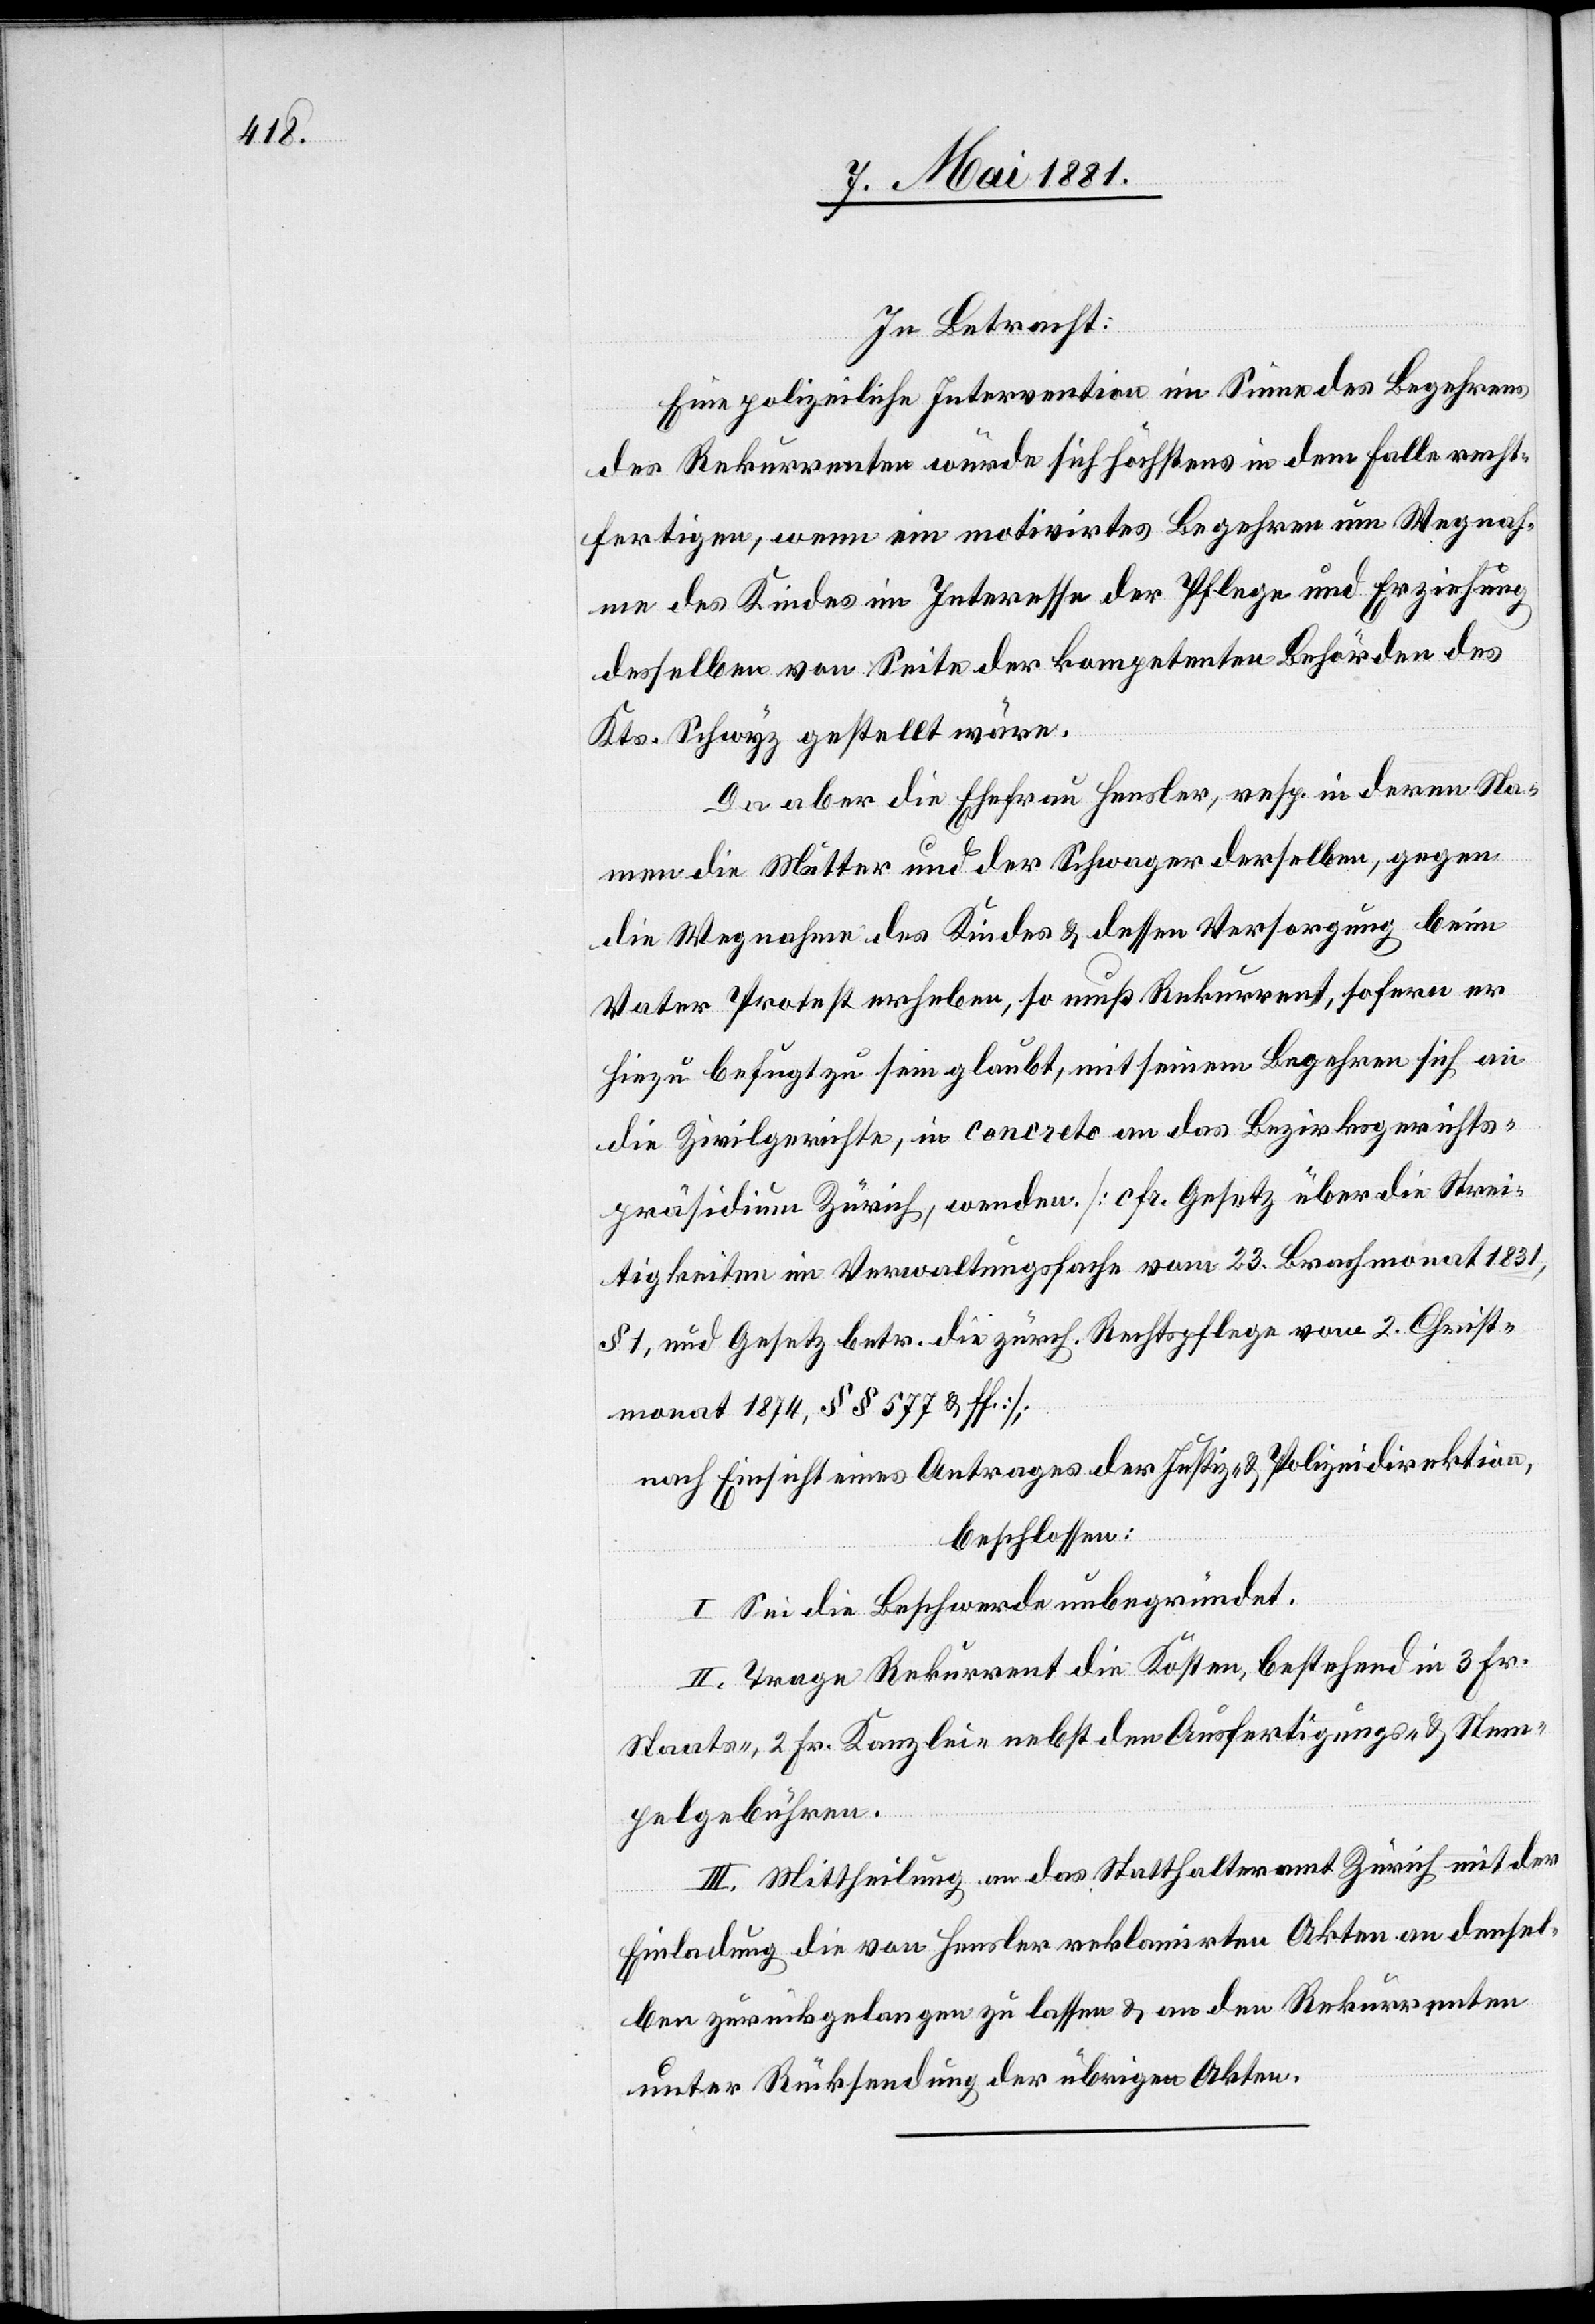
In Betracht:
Eine polizeiliche Intervention im Sinne des Begehrens
des Rekurrenten würde sich höchstens in dem Falle recht¬
fertigen, wenn ein motivirtes Begehren um Wegnah¬
me des Kindes im Interesse der Pflege und Erziehung
desselben von Seite der kompetenten Behörden des
Kts. Schwyz gestellt wäre.
Da aber die Ehefrau Heusler, resp. in deren Na¬
men die Mutter und der Schwager derselben, gegen
die Wegnahme des Kindes & dessen Versorgung beim
Vater Protest erheben, so muß Rekurrent, sofern er
hiezu befugt zu sein glaubt, mit seinem Begehren sich an
die Zivilgerichte, in concreto an das Bezirksgerichts¬
präsidium Zürich, wenden. [cfr. Gesetz über die Strei¬
tigkeiten im Verwaltungsfache vom 23. Brachmonat 1831,
§ 1, und Gesetz betr. die zürch. Rechtspflege vom 2. Christ¬
monat 1874, §§ 577 & ff.];
nach Einsicht eines Antrages der Justiz- & Polizeidirektion,
beschlossen:
I. Sei die Beschwerde unbegründet.
II. Trage Rekurrent die Kosten, bestehend in 3 Fr.
Staats-, 2 Fr. Kanzlei- nebst den Ausfertigungs- & Stem¬
pelgebühren.
III. Mittheilung an das Statthalteramt Zürich mit der
Einladung die von Hensler reklamirten Akten an densel¬
ben zurückgelangen zu lassen & an den Rekurrenten
unter Rücksendung der übrigen Akten.